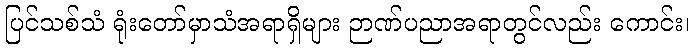
ပြင်သစ်သံ ရုံးတော်မှာသံအရာရှိများ ဉာဏ်ပညာအရာတွင်လည်း ကောင်း၊